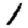
Digit: 1